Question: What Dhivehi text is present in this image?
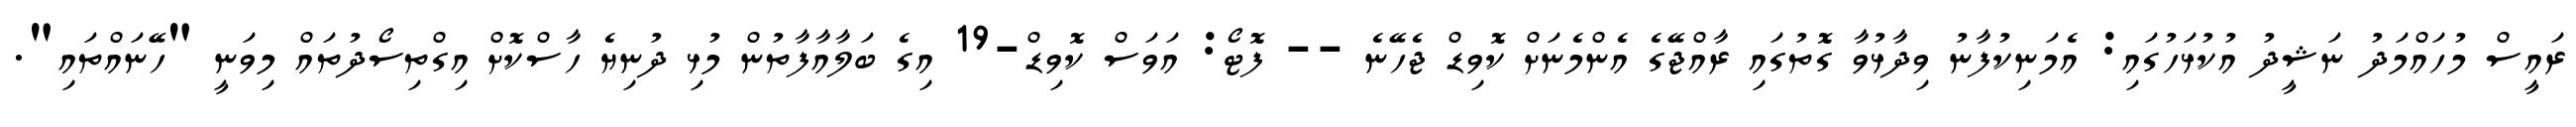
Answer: ރައީސް މުހައްމަދު ނަޝީދު އުކުޅަހުގައި: އެމަނިކުފާނު ވިދާޅުވާ ގޮތުގައި ރާއްޖޭގެ އެންމެނަށް ކޮވިޑް ޖެހޭނެ -- ފޮޓޯ: އަވަސް ކޮވިޑް-19 އިގެ ބަލާއާފާތުން މުޅި ދުނިޔެ ހާސްކޮށް އިގްތިސޯދުތައް މިވަނީ "ހޭނައްތައި".